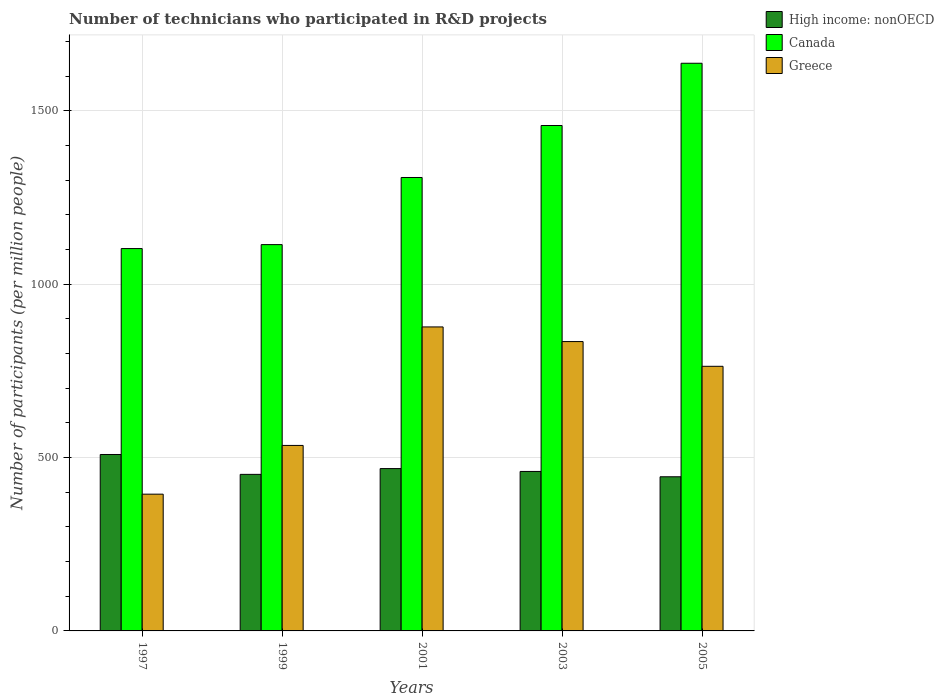
| Years | High income: nonOECD | Canada | Greece |
 | --- | --- | --- | --- |
 | 1997 | 509 | 1.1e+03 | 395 |
 | 1999 | 452 | 1.11e+03 | 535 |
 | 2001 | 468 | 1.31e+03 | 877 |
 | 2003 | 460 | 1.46e+03 | 835 |
 | 2005 | 445 | 1.64e+03 | 763 |